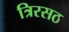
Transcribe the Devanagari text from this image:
त्रिरसठ